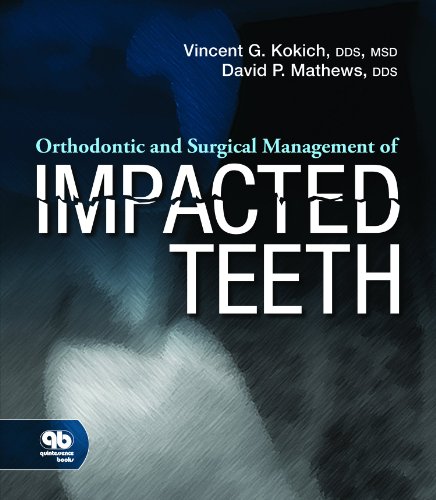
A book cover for Orthodontic and Surgical Management of Impacted Teeth; Vincent G. Kokich; Medical Books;